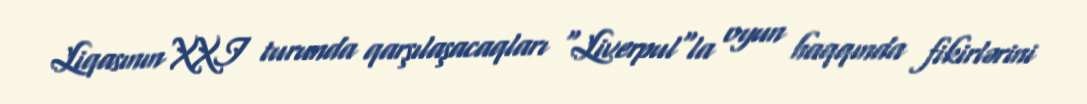
Liqasının XXI turunda qarşılaşacaqları "Liverpul"la oyun haqqında fikirlərini